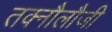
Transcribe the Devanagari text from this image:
तक्नौलौजी